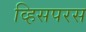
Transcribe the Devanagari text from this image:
व्हिसपरस